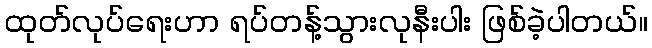
ထုတ်လုပ်ရေးဟာ ရပ်တန့်သွားလုနီးပါး ဖြစ်ခဲ့ပါတယ်။